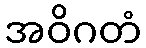
အဝိဂတံ